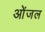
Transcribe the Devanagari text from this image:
ओंजल